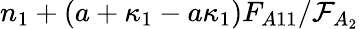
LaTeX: n_{1}+(a+\kappa_{1}-a\kappa_{1})F_{A11}/\mathcal{F}_{A_{2}}